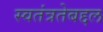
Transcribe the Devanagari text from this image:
स्वतंत्रतेबद्दल